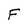
Character: F